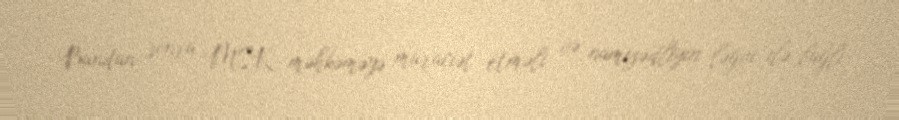
Bundan sonra MSK məhkəməyə müraciət etməli və namizədliyin ləğvi ilə bağlı